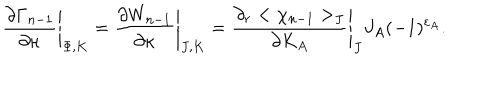
LaTeX: \left. { \frac { \partial \Gamma _ { n - 1 } } { \partial \kappa } } \right| _ { \Phi , K } = \left. { \frac { \partial W _ { n - 1 } } { \partial \kappa } } \right| _ { J , K } = \left. { \frac { \partial _ { r } < \chi _ { n - 1 } > _ { J } } { \partial K _ { A } } } \right| _ { J } J _ { A } ( - 1 ) ^ { \varepsilon _ { A } } .